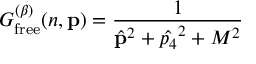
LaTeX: G _ { \mathrm { f r e e } } ^ { ( \beta ) } ( n , { \bf { p } } ) = { \frac { 1 } { \hat { { \bf { p } } } ^ { 2 } + \hat { p _ { 4 } } ^ { 2 } + M ^ { 2 } } }